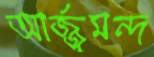
আর্জ্জুমন্দ